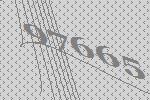
97665